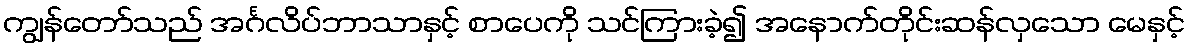
ကျွန်တော်သည် အင်္ဂလိပ်ဘာသာနှင့် စာပေကို သင်ကြားခဲ့၍ အနောက်တိုင်းဆန်လှသော မေနှင့်